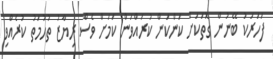
ފަހަރަކު ބޭނުން ގޮތަކަށް ކަންކަން ކުރައްވަން ކަމަށް ވެސް ރިޔާޒު ތުހުމަތު ކުރެއްވި